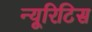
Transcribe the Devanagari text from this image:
न्यूरिटिस